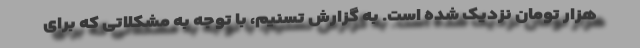
هزار تومان نزدیک شده است. به گزارش تسنیم، با توجه به مشکلاتی که برای